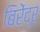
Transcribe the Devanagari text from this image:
बिरेंद्र